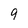
Character: 9